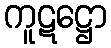
ကူဋဋ္ဌော